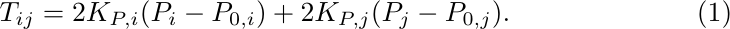
\begin{equation}\label{eq_SI:tension}
    T_{ij} = 2K_{P,i}(P_i - P_{0,i}) + 2K_{P,j}(P_j - P_{0,j}).
\end{equation}